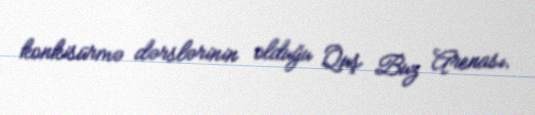
konkisürmə dərslərinin olduğu Quş Buz Arenası.